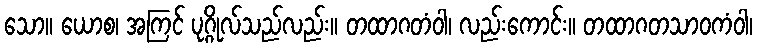
သော။ ယောစ၊ အကြင် ပုဂ္ဂိုလ်သည်လည်း။ တထာဂတံဝါ၊ လည်းကောင်း။ တထာဂတသာဝကံဝါ၊